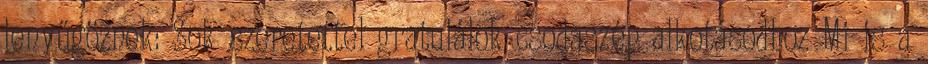
lenyűgöznek: Sok szeretettel gratulálok csodaszép alkotásodhoz Mi is a